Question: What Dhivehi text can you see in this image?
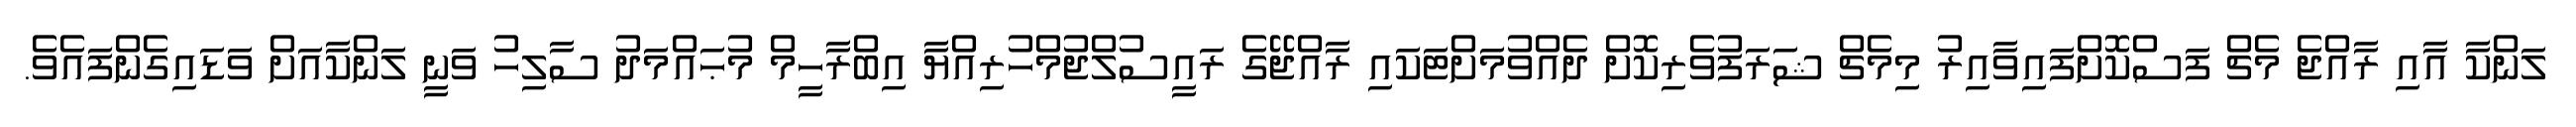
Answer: ލަންކާ އާއި ރާއްޖެ މެޗް ފަސްކޮށްފައިވާއިރު މިމެޗް ޝަރަފުވެރިކޮށް ދެއްވުމަށްޓަކައި ރާއްޖޭގެ ރައީސުލްޖުމްހުރިއްޔާ އިބްރާހީމް މުޙައްމަދު ސާލިހު ވަނީ ލަންކާއަށް ވަޑައިގެންފައެވެ.